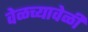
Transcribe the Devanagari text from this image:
वेळच्यावेळी